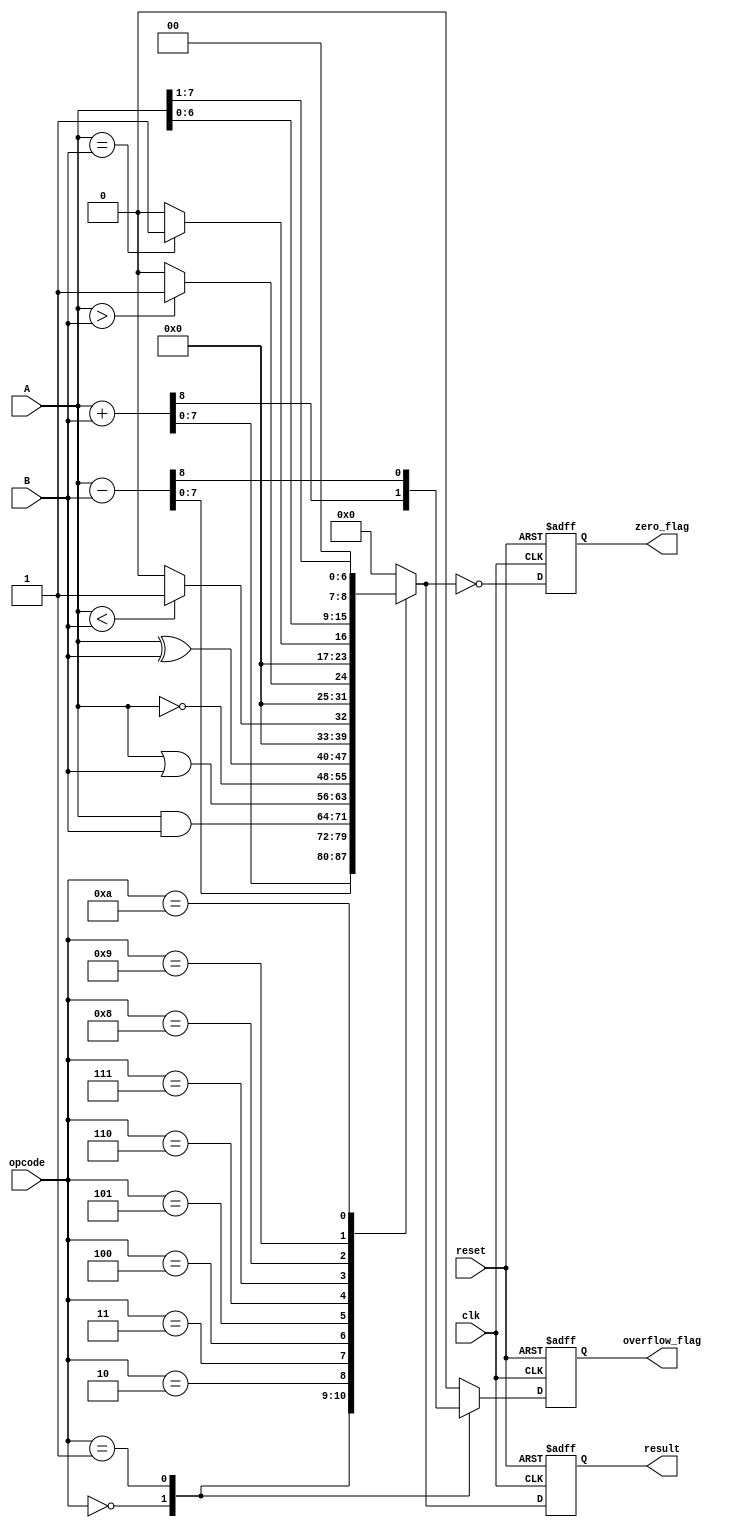
module parameterized_alu #(
    parameter WIDTH = 8
) (
    input  wire [WIDTH-1:0] A,
    input  wire [WIDTH-1:0] B,
    input  wire [3:0] opcode,          // Control signal for operations
    input  wire clk,                   // Clock signal
    input  wire reset,                 // Asynchronous reset
    output reg [WIDTH-1:0] result,     // Result of the operation
    output reg zero_flag,              // Zero flag
    output reg overflow_flag            // Overflow flag
);

    // Define operation codes
    localparam ADD       = 4'b0000;
    localparam SUB       = 4'b0001;
    localparam AND       = 4'b0010;
    localparam OR        = 4'b0011;
    localparam NOT       = 4'b0100;
    localparam XOR       = 4'b0101;
    localparam LT        = 4'b0110;    // Less Than
    localparam GT        = 4'b0111;    // Greater Than
    localparam EQ        = 4'b1000;    // Equal To
    localparam LS        = 4'b1001;    // Left Shift
    localparam RS        = 4'b1010;    // Right Shift

    // Always block for synchronous operation
    always @(posedge clk or posedge reset) begin
        if (reset) begin
            result <= 0;
            zero_flag <= 0;
            overflow_flag <= 0;
        end else begin
            case (opcode)
                ADD: begin
                    {overflow_flag, result} = A + B; // Capture overflow
                end
                SUB: begin
                    {overflow_flag, result} = A - B; // Capture overflow
                end
                AND: begin
                    result = A & B;
                    overflow_flag = 0; // No overflow for AND
                end
                OR: begin
                    result = A | B;
                    overflow_flag = 0; // No overflow for OR
                end
                NOT: begin
                    result = ~A;       // NOT operation on A
                    overflow_flag = 0; // No overflow for NOT
                end
                XOR: begin
                    result = A ^ B;
                    overflow_flag = 0; // No overflow for XOR
                end
                LT: begin
                    result = (A < B) ? 1 : 0; // Result is 1 if A < B
                    overflow_flag = 0; // No overflow for comparison
                end
                GT: begin
                    result = (A > B) ? 1 : 0; // Result is 1 if A > B
                    overflow_flag = 0; // No overflow for comparison
                end
                EQ: begin
                    result = (A == B) ? 1 : 0; // Result is 1 if A == B
                    overflow_flag = 0; // No overflow for comparison
                end
                LS: begin
                    result = A << 1; // Left Shift
                    overflow_flag = 0; // No overflow for shift
                end
                RS: begin
                    result = A >> 1; // Right Shift
                    overflow_flag = 0; // No overflow for shift
                end
                default: begin
                    result = 0; // Default case
                    overflow_flag = 0; // No overflow for default
                end
            endcase
            
            // Set zero_flag
            zero_flag = (result == 0);
        end
    end

endmodule